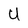
Character: U